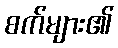
စက်များ၏